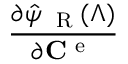
\frac { \partial \hat { \psi } _ { \mathrm { ~ \tiny ~ R ~ } } ( \Lambda ) } { \partial { { \bf C } ^ { \mathrm { ~ e ~ } } } }